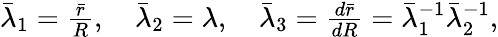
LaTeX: \begin{array}{r}{\bar{\lambda}_{1}=\frac{\bar{r}}{R},\quad\bar{\lambda}_{2}=\lambda,\quad\bar{\lambda}_{3}=\frac{d\bar{r}}{dR}=\bar{\lambda}_{1}^{-1}\bar{\lambda}_{2}^{-1},}\end{array}